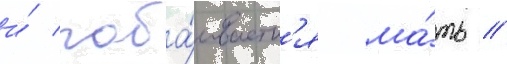
и́ поба́иваетс'я ма́ть //